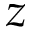
z